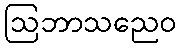
ဩဘာသညေဝ